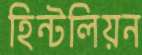
হিন্টলিয়ন